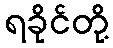
ရခိုင်တို့